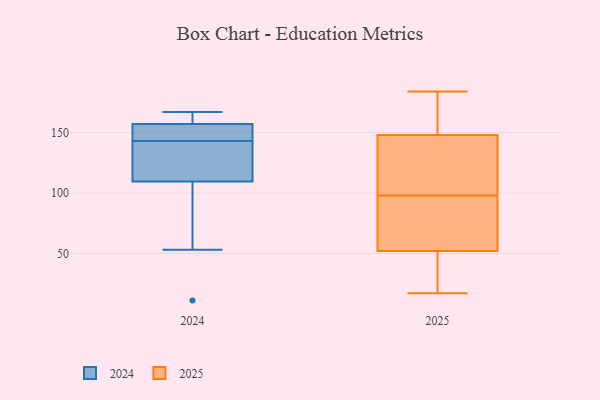
{"axis": {"x": "Conversion Rate (%)", "y": "Value"}, "legend": ["2024", "2025"], "data": [{"x": "", "y": 146, "type": "2024"}, {"x": "", "y": 154, "type": "2024"}, {"x": "", "y": 143, "type": "2024"}, {"x": "", "y": 128, "type": "2024"}, {"x": "", "y": 110, "type": "2024"}, {"x": "", "y": 53, "type": "2024"}, {"x": "", "y": 167, "type": "2024"}, {"x": "", "y": 112, "type": "2024"}, {"x": "", "y": 167, "type": "2024"}, {"x": "", "y": 145, "type": "2024"}, {"x": "", "y": 167, "type": "2024"}, {"x": "", "y": 11, "type": "2024"}, {"x": "", "y": 108, "type": "2024"}, {"x": "", "y": 65, "type": "2025"}, {"x": "", "y": 18, "type": "2025"}, {"x": "", "y": 122, "type": "2025"}, {"x": "", "y": 162, "type": "2025"}, {"x": "", "y": 48, "type": "2025"}, {"x": "", "y": 55, "type": "2025"}, {"x": "", "y": 183, "type": "2025"}, {"x": "", "y": 47, "type": "2025"}, {"x": "", "y": 17, "type": "2025"}, {"x": "", "y": 184, "type": "2025"}, {"x": "", "y": 133, "type": "2025"}, {"x": "", "y": 89, "type": "2025"}, {"x": "", "y": 89, "type": "2025"}, {"x": "", "y": 178, "type": "2025"}, {"x": "", "y": 107, "type": "2025"}, {"x": "", "y": 137, "type": "2025"}, {"x": "", "y": 113, "type": "2025"}, {"x": "", "y": 159, "type": "2025"}, {"x": "", "y": 49, "type": "2025"}, {"x": "", "y": 89, "type": "2025"}]}